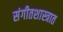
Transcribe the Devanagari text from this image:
संगीतशास्त्रात